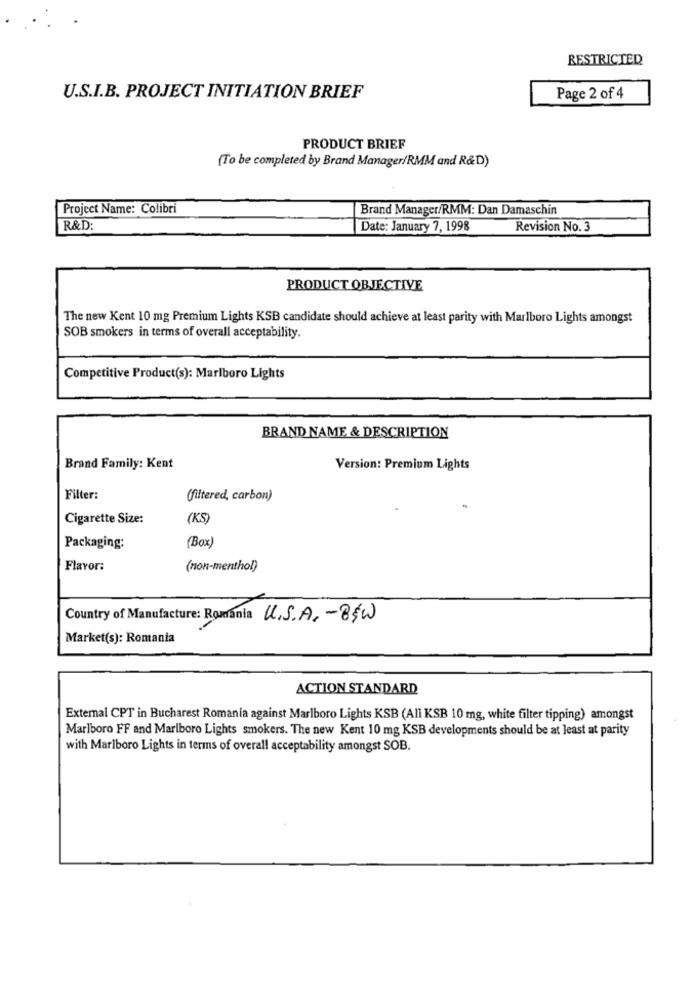
RESTRICTED
U.S.I.B. PROJECT INITIATION BRIEF
Page 2 of 4
PRODUCT BRIEF
(To be completed by Brand Manager/RMM and R&D)
Project Name: Colibri
Brand Manager/RMM: Dan Damaschin
R&D:
Date: January 7, 1998
Revision No. 3
PRODUCT OBJECTIVE
The new Kent 10 mg Premium Lights KSB candidate should achieve at least parity with Marlboro Lights amongst
SOB smokers in terms of overall acceptability.
Competitive Product(s): Marlboro Lights
BRAND NAME & DESCRIPTION
Brand Family: Kent
Version: Premium Lights
Filter:
(filtered, carbon)
Cigarette Size:
(KS)
(Box)
Packaging:
Flavor:
(non-menthol)
Country of Manufacture: Romania U.S.A. - 85W
Market(s): Romania
ACTION STANDARD
External CPT in Bucharest Romania against Marlboro Lights KSB (All KSB 10 mg, white filter tipping) amongst
Marlboro FF and Marlboro Lights smokers. The new Kent 10 mg KSB developments should be at least at parity
with Marlboro Lights in terms of overall acceptability amongst SOB.